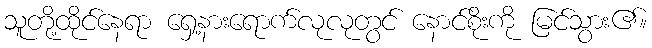
သူတို့ထိုင်နေရာ ရှေ့နားရောက်လုလုတွင် နောင်စိုးကို မြင်သွား၏။